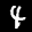
Label: 4